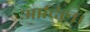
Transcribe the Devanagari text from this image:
आदिल।